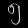
Digit: ၅